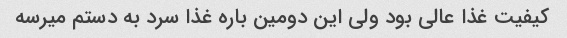
کیفیت غذا عالی بود ولی این دومین باره غذا سرد به دستم میرسه